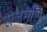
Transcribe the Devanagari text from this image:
राजमणिः